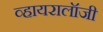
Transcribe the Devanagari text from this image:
व्हायरालॉजी